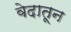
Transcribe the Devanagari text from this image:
वेदातून